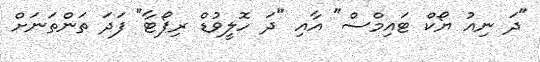
"ދަ ނިއު ޔޯކް ޓައިމްސް" އާއި "ދަ ހޮލީވުޑް ރިޕޯޓާ" ފަދަ ތަންތަނަށް